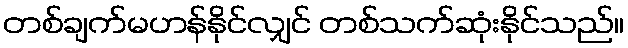
တစ်ချက်မဟန်နိုင်လျှင် တစ်သက်ဆုံးနိုင်သည်။